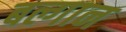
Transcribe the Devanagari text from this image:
बल्गान